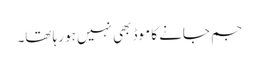
جم جانے کا موڈ بھی نہیں ہو رہا تھا۔